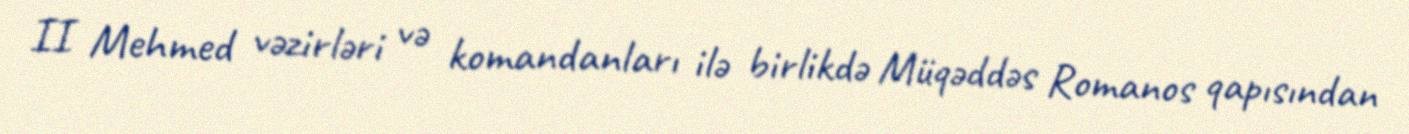
II Mehmed vəzirləri və komandanları ilə birlikdə Müqəddəs Romanos qapısından